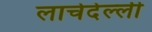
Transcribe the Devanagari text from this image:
लाचेदेल्ली